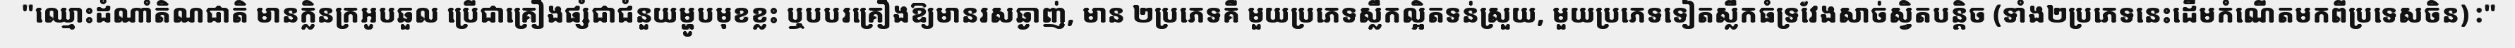
"ឈ្មោះដំណាំតិណជាតិ មានក្លិនក្រអូបឆួល ប្រើជាគ្រឿងផ្សំជាជំនួយម្ហូបមុខខ្លះ ឬបបរគ្រឿងឱ្យមានរសឆ្ងាញ់, មាន ២ប្រភេទគឺ មួយប្រភេទស្លឹកល្អិតទន់ស្រួយ, មួយប្រភេទទៀតស្លឹកធំទ្រវែងសាច់ស្វិតបន្តិច (ទាំង២ប្រភេទនេះដើមកំណើតមកពីប្រទេសចិន) :"